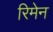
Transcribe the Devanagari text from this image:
रिमेन